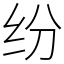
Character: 纷